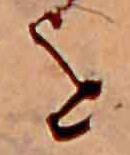
を